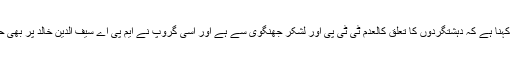
ذرائع کا کہنا ہے کہ دہشتگردوں کا تعلق کالعدم ٹی ٹی پی اور لشکر جھنگوی سے ہے اور اسی گروپ نے ایم پی اے سیف الدین خالد پر بھی حملہ کیا ۔